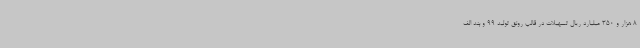
8 هزار و 350 میلیارد ریال تسهیلات در قالب رونق تولید 99 و بند الف